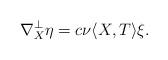
LaTeX: \begin{align*} \nabla^{\perp}_{X}\eta=c\nu\langle X,T\rangle\xi. \end{align*}